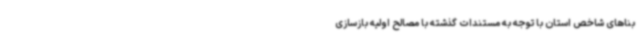
بناهای شاخص استان با توجه به مستندات گذشته با مصالح اولیه بازسازی